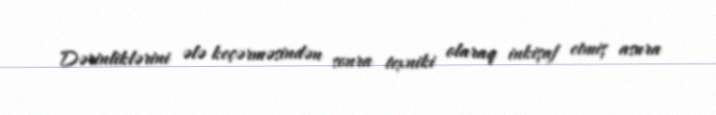
Dərinliklərini ələ keçərməsindən sonra texniki olaraq inkişaf etmiş asura